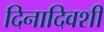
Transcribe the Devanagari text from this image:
दिनादिवशी